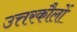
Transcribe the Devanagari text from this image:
उत्तरकौलों